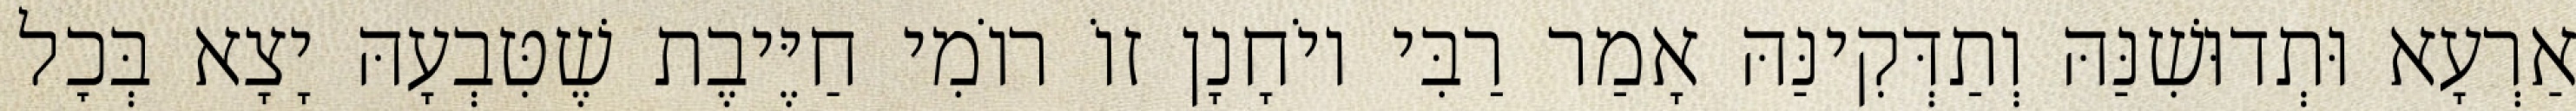
אַרְעָא וּתְדוּשִׁנַּהּ וְתַדְּקִינַּהּ אָמַר רַבִּי יוֹחָנָן זוֹ רוֹמִי חַיֶּיבֶת שֶׁטִּבְעָהּ יָצָא בְּכׇל